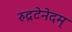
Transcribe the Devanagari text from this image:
रुद्रटेनेदम्